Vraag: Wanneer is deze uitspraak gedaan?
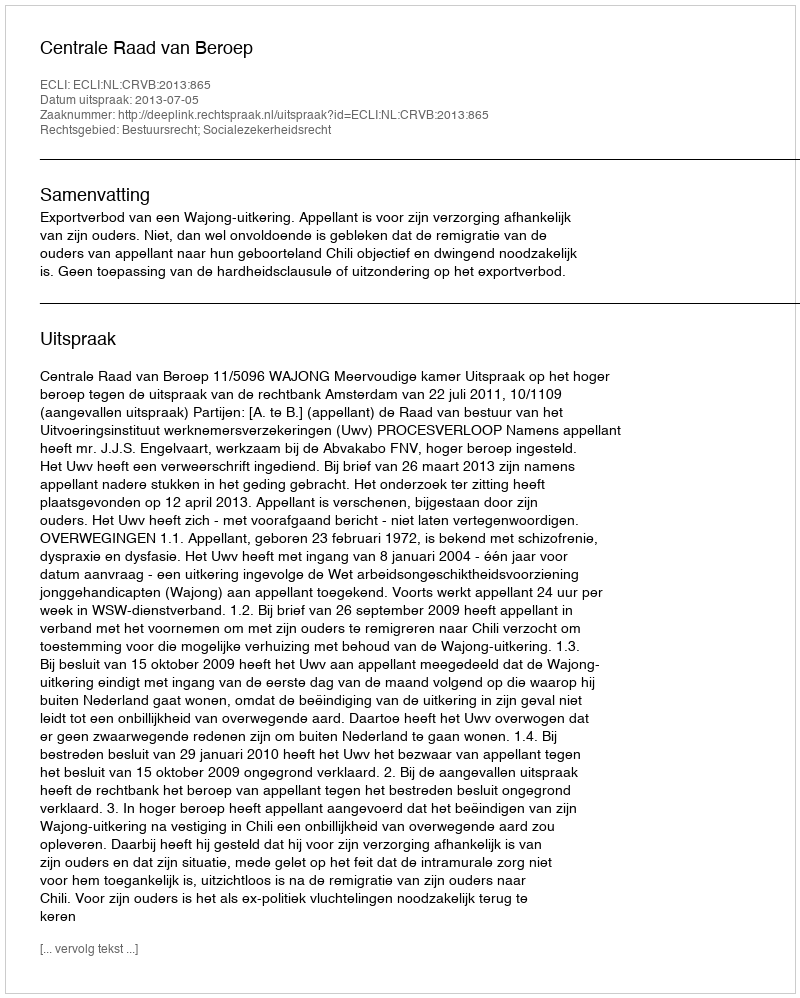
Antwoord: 2013-07-05